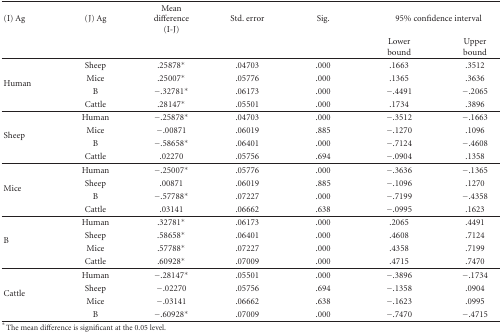
<table><thead><tr><td><b>(I) Ag</b></td><td><b>(J) Ag</b></td><td><b>Mean difference (I-J)</b></td><td><b>Std. error</b></td><td><b>Sig.</b></td><td colspan="2"><b>95% confidence interval</b></td></tr><tr><td></td><td></td><td></td><td></td><td></td><td><b>Lower bound</b></td><td><b>Upper bound</b></td></tr></thead><tbody><tr><td rowspan="4">Human</td><td>Sheep</td><td>.25878*</td><td>.04703</td><td>.000</td><td>.1663</td><td>.3512</td></tr><tr><td>Mice</td><td>.25007*</td><td>.05776</td><td>.000</td><td>.1365</td><td>.3636</td></tr><tr><td>B</td><td>−.32781*</td><td>.06173</td><td>.000</td><td>−.4491</td><td>−.2065</td></tr><tr><td>Cattle</td><td>.28147*</td><td>.05501</td><td>.000</td><td>.1734</td><td>.3896</td></tr><tr><td rowspan="4">Sheep</td><td>Human</td><td>−.25878*</td><td>.04703</td><td>.000</td><td>−.3512</td><td>−.1663</td></tr><tr><td>Mice</td><td>−.00871</td><td>.06019</td><td>.885</td><td>−.1270</td><td>.1096</td></tr><tr><td>B</td><td>−.58658*</td><td>.06401</td><td>.000</td><td>−.7124</td><td>−.4608</td></tr><tr><td>Cattle</td><td>.02270</td><td>.05756</td><td>.694</td><td>−.0904</td><td>.1358</td></tr><tr><td rowspan="4">Mice</td><td>Human</td><td>−.25007*</td><td>.05776</td><td>.000</td><td>−.3636</td><td>−.1365</td></tr><tr><td>Sheep</td><td>.00871</td><td>.06019</td><td>.885</td><td>−.1096</td><td>.1270</td></tr><tr><td>B</td><td>−.57788*</td><td>.07227</td><td>.000</td><td>−.7199</td><td>−.4358</td></tr><tr><td>Cattle</td><td>.03141</td><td>.06662</td><td>.638</td><td>−.0995</td><td>.1623</td></tr><tr><td rowspan="4">B</td><td>Human</td><td>.32781*</td><td>.06173</td><td>.000</td><td>.2065</td><td>.4491</td></tr><tr><td>Sheep</td><td>.58658*</td><td>.06401</td><td>.000</td><td>.4608</td><td>.7124</td></tr><tr><td>Mice</td><td>.57788*</td><td>.07227</td><td>.000</td><td>.4358</td><td>.7199</td></tr><tr><td>Cattle</td><td>.60928*</td><td>.07009</td><td>.000</td><td>.4715</td><td>.7470</td></tr><tr><td rowspan="4">Cattle</td><td>Human</td><td>−.28147*</td><td>.05501</td><td>.000</td><td>−.3896</td><td>−.1734</td></tr><tr><td>Sheep</td><td>−.02270</td><td>.05756</td><td>.694</td><td>−.1358</td><td>.0904</td></tr><tr><td>Mice</td><td>−.03141</td><td>.06662</td><td>.638</td><td>−.1623</td><td>.0995</td></tr><tr><td>B</td><td>−.60928*</td><td>.07009</td><td>.000</td><td>−.7470</td><td>−.4715</td></tr></tbody></table>